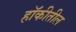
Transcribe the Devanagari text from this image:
हॉकीतील